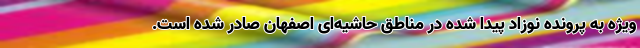
ویژه به پرونده نوزاد پیدا شده در مناطق حاشیه‌ای اصفهان صادر شده است.